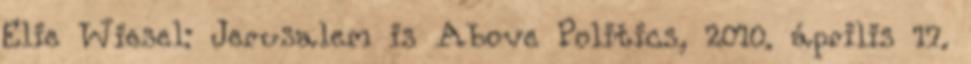
Elie Wiesel: Jerusalem is Above Politics, 2010. április 17.